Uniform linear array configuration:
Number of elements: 16
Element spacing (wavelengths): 0.25
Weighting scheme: blackman
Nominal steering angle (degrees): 0
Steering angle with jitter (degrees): -1.237
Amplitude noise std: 0.05
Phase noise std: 0.05

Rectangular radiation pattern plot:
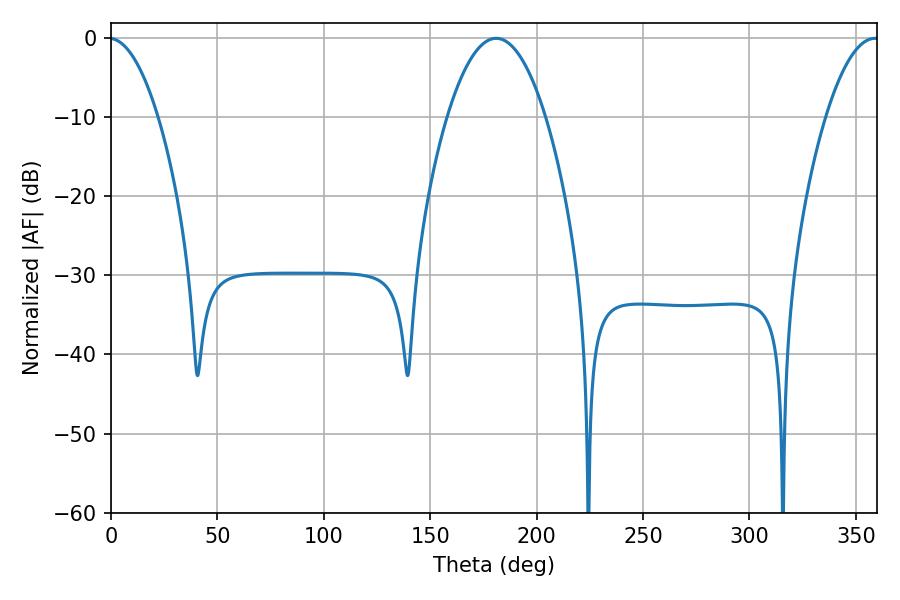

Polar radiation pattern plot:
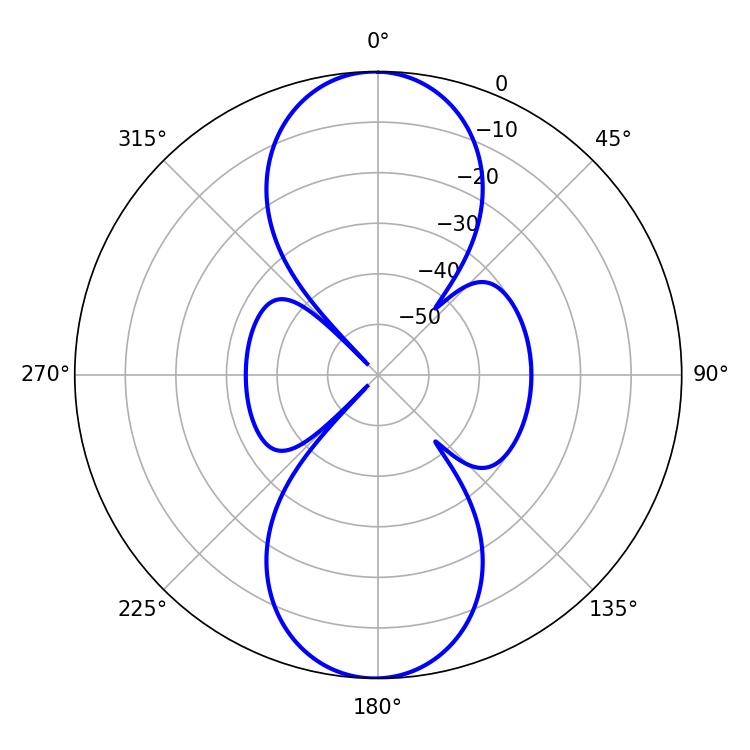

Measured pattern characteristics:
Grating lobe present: FALSE
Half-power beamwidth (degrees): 25.38
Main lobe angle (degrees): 180.9